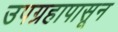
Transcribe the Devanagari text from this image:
उपग्रहापासून